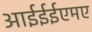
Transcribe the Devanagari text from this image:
आईईईएमए